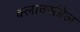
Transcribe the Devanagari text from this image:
क्लार्क्सडेल